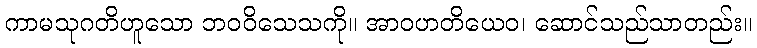
ကာမသုဂတိဟူသော ဘဝဝိသေသကို။ အာဝဟတိယေဝ၊ ဆောင်သည်သာတည်း။